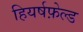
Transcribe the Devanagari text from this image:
हियर्षफ़ेल्ड